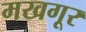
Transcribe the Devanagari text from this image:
मखगूर